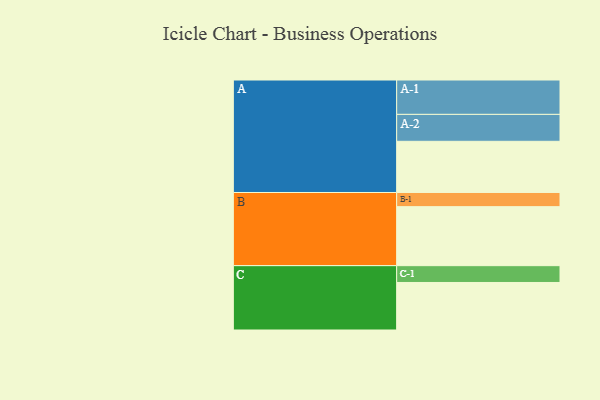
{"axis": {"x": "Segment", "y": "Value"}, "legend": ["", "A", "B", "C"], "data": [{"x": "A", "y": 405, "type": ""}, {"x": "B", "y": 467, "type": ""}, {"x": "C", "y": 376, "type": ""}, {"x": "A-1", "y": 272, "type": "A"}, {"x": "A-2", "y": 213, "type": "A"}, {"x": "B-1", "y": 112, "type": "B"}, {"x": "C-1", "y": 133, "type": "C"}]}